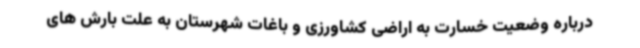
درباره وضعیت خسارت به اراضی کشاورزی و باغات شهرستان به علت بارش های